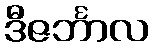
ဒီဇင်္ဘာလ